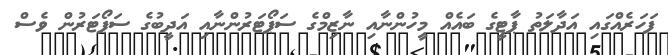
ފަހަރެއްގައި އަދާލަތު ޕާޓީގެ ބައެއް މީހުންނާއި ނާޒިމްގެ ސަޕޯޓަރުންނާއި އަދީބުގެ ސަޕޯޓަރުން ވެސް